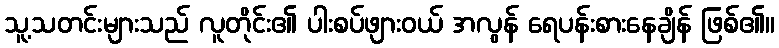
သူ့သတင်းများသည် လူတိုင်း၏ ပါးစပ်ဖျားဝယ် အလွန် ရေပန်းစားနေချိန် ဖြစ်၏။